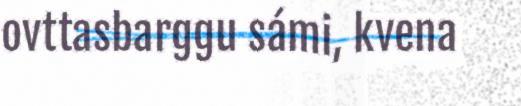
ovttasbarggu sámi, kvena